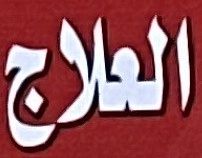
العلاج